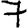
Digit: 7